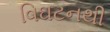
વિઘટનથી